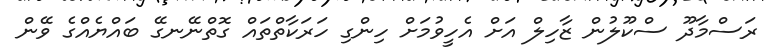
ރަސްމާދޫ ސްކޫލުން ޒާހިލް އަށް އެހީވުމަށް ހިންގި ހަރަކާތްތައް ގޮތްނޭނގޭ ބައްޔެއްގެ ވޭން